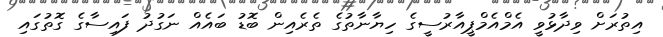
އިތުރަށް ވިދާޅުވީ އެމްއެމްޕީއާރުސީގެ ހިޔާނާތުގެ ތެރެއިން ބޮޑު ބައެއް ނަގުދު ފައިސާގެ ގޮތުގައި